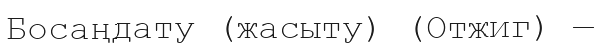
Босаңдату (жасыту) (Отжиг) —